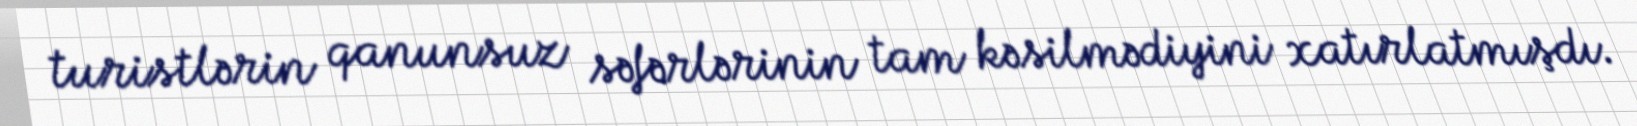
turistlərin qanunsuz səfərlərinin tam kəsilmədiyini xatırlatmışdı.